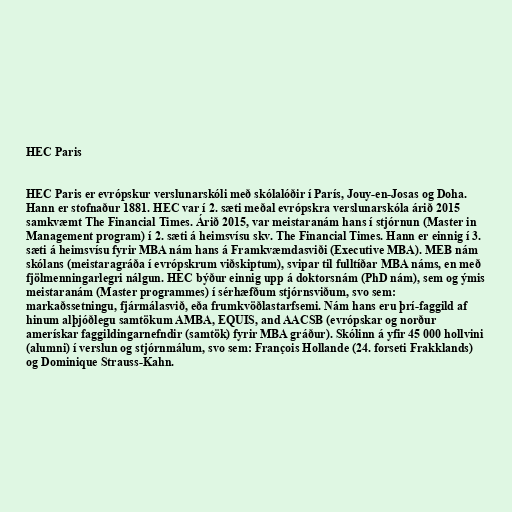
HEC Paris

HEC Paris er evrópskur verslunarskóli með skólalóðir í París, Jouy-en-Josas og Doha.
Hann er stofnaður 1881. HEC var í 2. sæti meðal evrópskra verslunarskóla árið 2015
samkvæmt The Financial Times. Árið 2015, var meistaranám hans í stjórnun (Master in
Management program) í 2. sæti á heimsvísu skv. The Financial Times. Hann er einnig í 3.
sæti á heimsvísu fyrir MBA nám hans á Framkvæmdasviði (Executive MBA). MEB nám
skólans (meistaragráða í evrópskrum viðskiptum), svipar til fulltíðar MBA náms, en með
fjölmenningarlegri nálgun. HEC býður einnig upp á doktorsnám (PhD nám), sem og ýmis
meistaranám (Master programmes) í sérhæfðum stjórnsviðum, svo sem:
markaðssetningu, fjármálasvið, eða frumkvöðlastarfsemi. Nám hans eru þrí-faggild af
hinum alþjóðlegu samtökum AMBA, EQUIS, and AACSB (evrópskar og norður
amerískar faggildingarnefndir (samtök) fyrir MBA gráður). Skólinn á yfir 45 000 hollvini
(alumni) í verslun og stjórnmálum, svo sem: François Hollande (24. forseti Frakklands)
og Dominique Strauss-Kahn.